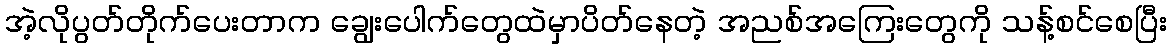
အဲ့လိုပွတ်တိုက်ပေးတာက ချွေးပေါက်တွေထဲမှာပိတ်နေတဲ့ အညစ်အကြေးတွေကို သန့်စင်စေပြီး